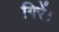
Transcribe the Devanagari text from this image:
गिरें।